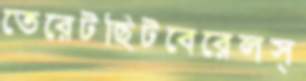
তেরেটছিটবেরেলস্